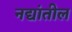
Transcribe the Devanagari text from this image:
नद्यांतील